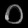
Digit: ၀